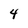
Character: 4